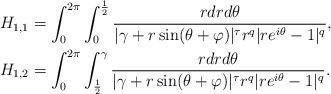
LaTeX: \begin{align*}H_{1,1} & =\int_0^{2\pi}\int_0^{\frac{1}{2}}\frac{r dr d\theta}{|\gamma+r\sin(\theta+\varphi)|^\tau r^q|re^{i\theta}-1|^q},\\H_{1,2} & =\int_0^{2\pi}\int_{\frac{1}{2}}^\gamma\frac{r dr d\theta}{|\gamma+r\sin(\theta+\varphi)|^\tau r^q|re^{i\theta}-1|^q}.\end{align*}